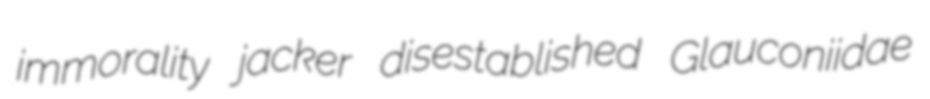
immorality jacker disestablished Glauconiidae